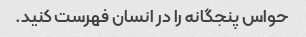
حواس پنجگانه را در انسان فهرست کنید.